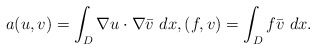
\begin{align*}a(u,v)=\int_D \nabla u\cdot\nabla \bar{v}~dx,(f,v)=\int_D f \bar{v}~dx.\end{align*}